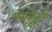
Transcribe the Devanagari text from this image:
स्तावोव्सके